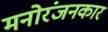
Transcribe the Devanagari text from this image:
मनोरंजनकार